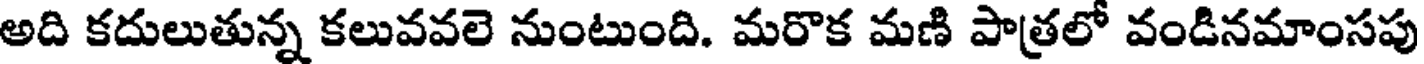
అది కదులుతున్న కలువవలె నుంటుంది. మరొక మణి పాత్రలో వండినమాంసపు